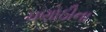
ચણોઠીના